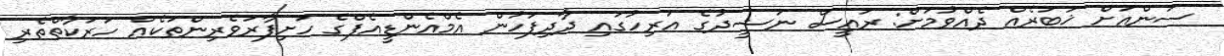
ސަންއަށް ޚަބަރެއް ދެއްވުމަށް: ރައީސް ނަޝީދުގެ އަރިހުގައި ދާދިފަހުން އެމްއެންޑީއެފްގެ ހަށިފާރަވެރިންތަކެއް ހަރަކާތްތެރި